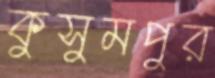
কুসুমপুর